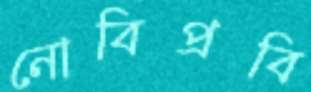
নোবিপ্রবি